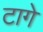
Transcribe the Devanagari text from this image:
टागे